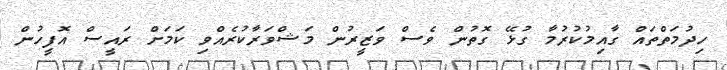
ހިދުމަތްތައް ގާއިމުކުރުމާ ގުޅޭ ގޮތުން ވެސް ވަޒީރުން މަޝްވަރާކުރެއްވި ކަމަށް ރައީސް އޮފީހުން